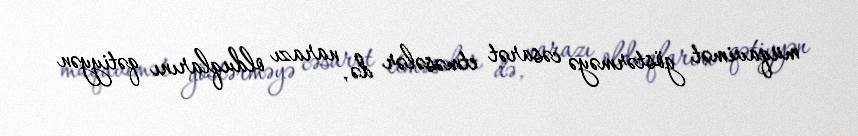
müqavimət göstərməyə cəsarət etməsələr də, narazı olduqlarını qətiyyən